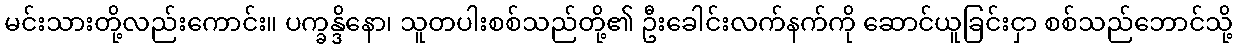
မင်းသားတို့လည်းကောင်း။ ပက္ခန္ဒိနော၊ သူတပါးစစ်သည်တို့၏ ဦးခေါင်းလက်နက်ကို ဆောင်ယူခြင်းငှာ စစ်သည်ဘောင်သို့